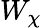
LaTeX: W_{\chi}